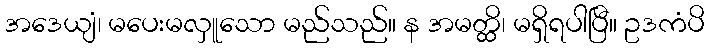
အဒေယျံ၊ မပေးမလှူသော မည်သည်။ န အမတ္ထိ၊ မရှိရပါပြီ။ ဥဒကံပိ